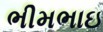
ભીમભાઇ